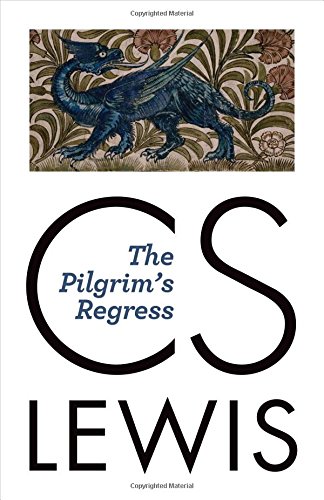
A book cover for The Pilgrim's Regress; C. S. Lewis; Christian Books & Bibles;